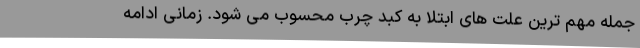
جمله مهم ترین علت های ابتلا به کبد چرب محسوب می شود. زمانی ادامه